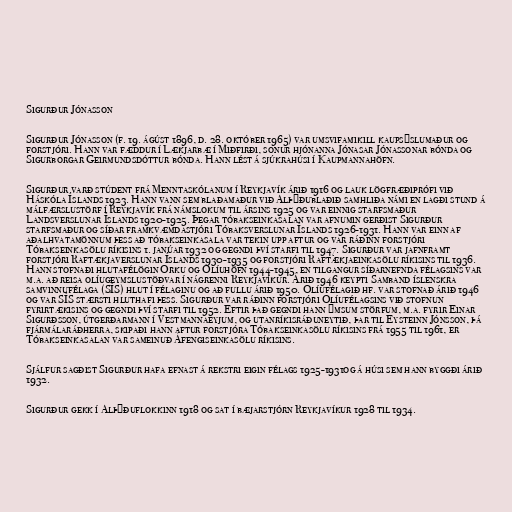
Sigurður Jónasson

Sigurður Jónasson (f. 19. ágúst 1896, d. 28. október 1965) var umsvifamikill kaupsýslumaður og
forstjóri. Hann var fæddur í Lækjarbæ í Miðfirði, sonur hjónanna Jónasar Jónassonar bónda og
Sigurborgar Geirmundsdóttur bónda. Hann lést á sjúkrahúsi í Kaupmannahöfn.

Sigurður varð stúdent frá Menntaskólanum í Reykjavík árið 1916 og lauk lögfræðiprófi við
Háskóla Íslands 1923. Hann vann sem blaðamaður við Alþýðublaðið samhliða námi en lagði stund á
málfærslustörf í Reykjavík frá námslokum til ársins 1925 og var einnig starfsmaður
Landsverslunar Íslands 1920-1925. Þegar tóbakseinkasalan var afnumin gerðist Sigurður
starfsmaður og síðar framkvæmdastjóri Tóbaksverslunar Íslands 1926-1931. Hann var einn af
aðalhvatamönnum þess að tóbakseinkasala var tekin upp aftur og var ráðinn forstjóri
Tóbakseinkasölu ríkisins 1. janúar 1932 og gegndi því starfi til 1947. Sigurður var jafnframt
forstjóri Raftækjaverslunar Íslands 1930-1935 og forstjóri Raftækjaeinkasölu ríkisins til 1936.
Hann stofnaði hlutafélögin Orku og Olíuhöfn 1944-1945, en tilgangur síðarnefnda félagsins var
m.a. að reisa olíugeymslustöðvar í nágrenni Reykjavíkur. Árið 1946 keypti Samband íslenskra
samvinnufélaga (SÍS) hlut í félaginu og að fullu árið 1950. Olíufélagið hf. var stofnað árið 1946
og var SÍS stærsti hluthafi þess. Sigurður var ráðinn forstjóri Olíufélagsins við stofnun
fyrirtækisins og gegndi því starfi til 1952. Eftir það gegndi hann ýmsum störfum, m.a. fyrir Einar
Sigurðsson, útgerðarmann í Vestmannaeyjum, og utanríkisráðuneytið, þar til Eysteinn Jónsson, þá
fjármálaráðherra, skipaði hann aftur forstjóra Tóbakseinkasölu ríkisins frá 1955 til 1961, er
Tóbakseinkasalan var sameinuð Áfengiseinkasölu ríkisins.

Sjálfur sagðist Sigurður hafa efnast á rekstri eigin félags 1925-1931og á húsi sem hann byggði árið
1932.

Sigurður gekk í Alþýðuflokkinn 1918 og sat í bæjarstjórn Reykjavíkur 1928 til 1934.